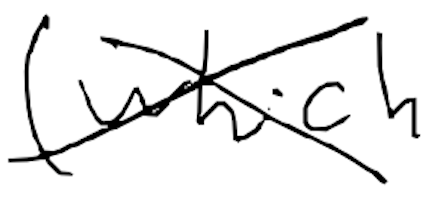
Text: (which
Cross-out: cross
Writing tool: digital_black